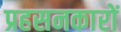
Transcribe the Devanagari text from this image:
प्रहसनकारों